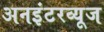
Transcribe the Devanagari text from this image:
अनइंटरव्यूज